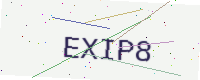
Text: EXIP8